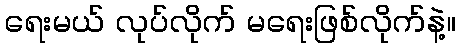
ရေးမယ် လုပ်လိုက် မရေးဖြစ်လိုက်နဲ့။